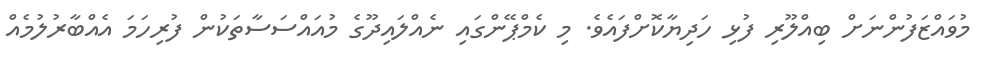
މުވައްޒަފުންނަށް ބިއްލޫރި ފުޅި ހަދިޔާކޮށްފައެވެ. މި ކެމްޕޭންގައި ނެއްލައިދޫގެ މުއައްސަސާތަކުން ފުރިހަމަ އެއްބާރުލުމެއް